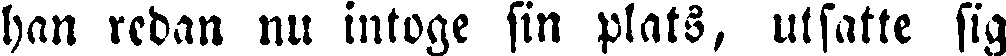
han redan nu intoge sin plats, utsatte sig